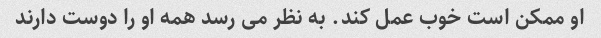
او ممکن است خوب عمل کند. به نظر می رسد همه او را دوست دارند